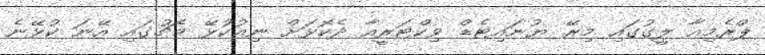
ޕްރެމިއާ ލީގުގައި މިރޭ ޔުނައިޓެޑް ވިކްޓަރީއާ ދެކޮޅަށް ނިއުކުޅޭ މެޗުގައި އޭނަ ކުޅޭނެ